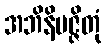
အဘိနိပဇ္ဇိတုံ